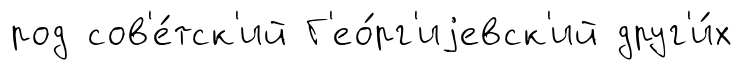
род сов'е́тск'ий Г'ео́рг'иjевск'ий друг'и́х